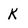
Character: K